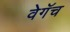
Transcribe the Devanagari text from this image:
वेगॅच